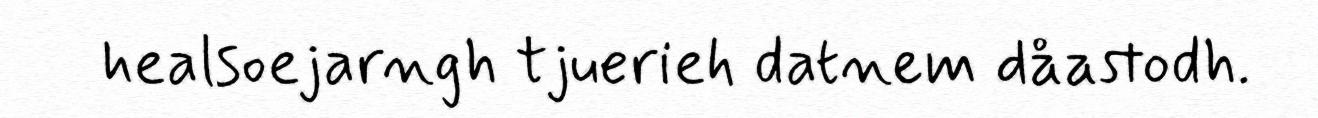
healsoejarngh tjuerieh datnem dåastodh.